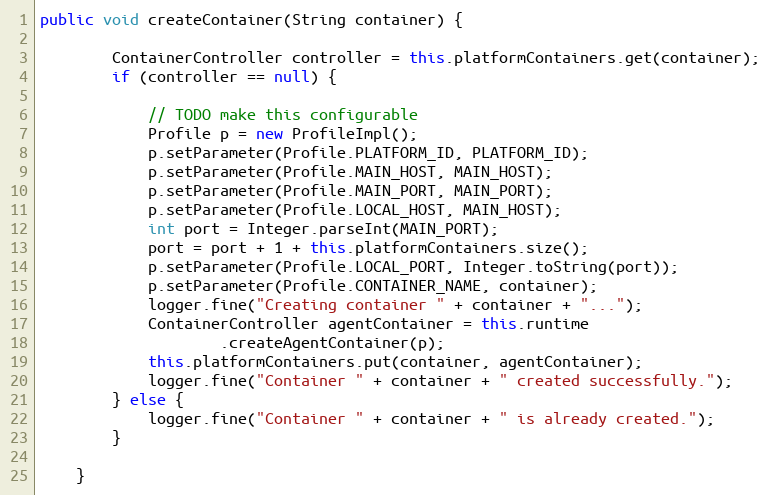
Language: Java
public void createContainer(String container) {

        ContainerController controller = this.platformContainers.get(container);
        if (controller == null) {

            // TODO make this configurable
            Profile p = new ProfileImpl();
            p.setParameter(Profile.PLATFORM_ID, PLATFORM_ID);
            p.setParameter(Profile.MAIN_HOST, MAIN_HOST);
            p.setParameter(Profile.MAIN_PORT, MAIN_PORT);
            p.setParameter(Profile.LOCAL_HOST, MAIN_HOST);
            int port = Integer.parseInt(MAIN_PORT);
            port = port + 1 + this.platformContainers.size();
            p.setParameter(Profile.LOCAL_PORT, Integer.toString(port));
            p.setParameter(Profile.CONTAINER_NAME, container);
            logger.fine("Creating container " + container + "...");
            ContainerController agentContainer = this.runtime
                    .createAgentContainer(p);
            this.platformContainers.put(container, agentContainer);
            logger.fine("Container " + container + " created successfully.");
        } else {
            logger.fine("Container " + container + " is already created.");
        }

    }